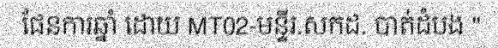
ផែនការឆ្នាំ ដោយ MT02-មន្ទីរ.សកដ. បាត់ដំបង ''